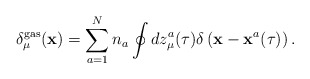
\begin{align*}\delta_\mu^{\rm gas}({\bf x})=\sum\limits_{a=1}^{N}n_a\oint dz_\mu^a(\tau)\delta\left({\bf x}-{\bf x}^a(\tau)\right).\end{align*}